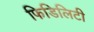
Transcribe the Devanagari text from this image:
फिडिलिटी